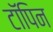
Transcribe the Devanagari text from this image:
टॉपिन